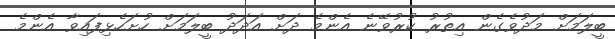
ބީލަމަށް މަދުވެގެން އިތުރު ކުރުވޭނެ އެންމެ ދަށް އަދަދު ބީލަމަށް ހުށަހެޅިފައިވާ އެންމެ